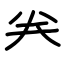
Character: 𠔉